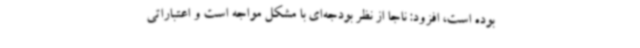
بوده است، افزود: ناجا از نظر بودجه‌ای با مشکل مواجه است و اعتباراتی